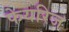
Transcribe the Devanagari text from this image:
फेयरिज